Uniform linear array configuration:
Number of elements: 24
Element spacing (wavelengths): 0.5
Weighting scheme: binomial
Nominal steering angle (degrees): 60
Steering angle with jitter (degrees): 60.293
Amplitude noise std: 0.05
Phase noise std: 0.05

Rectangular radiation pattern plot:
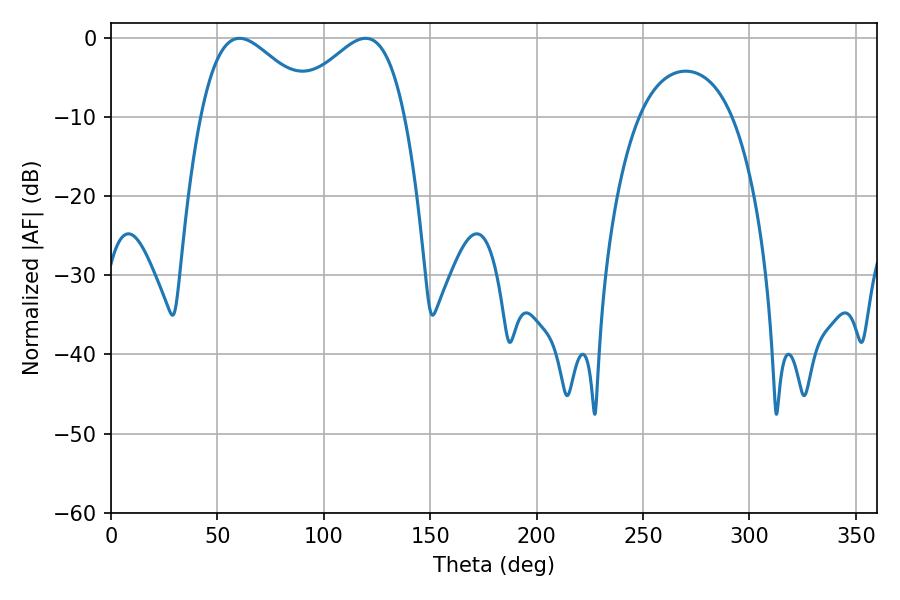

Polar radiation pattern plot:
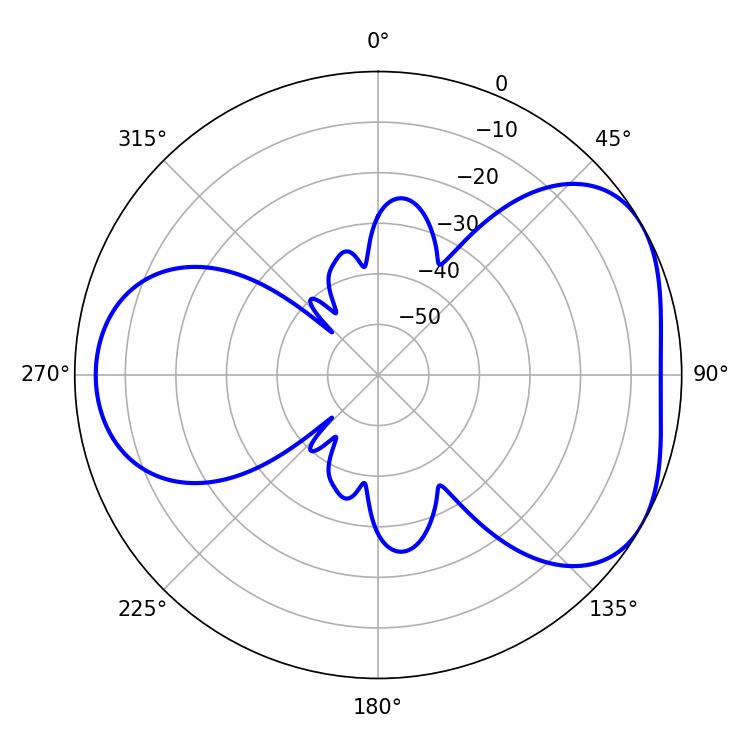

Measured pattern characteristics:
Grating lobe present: FALSE
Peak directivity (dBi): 4.45
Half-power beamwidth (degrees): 29.16
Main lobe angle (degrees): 60.3